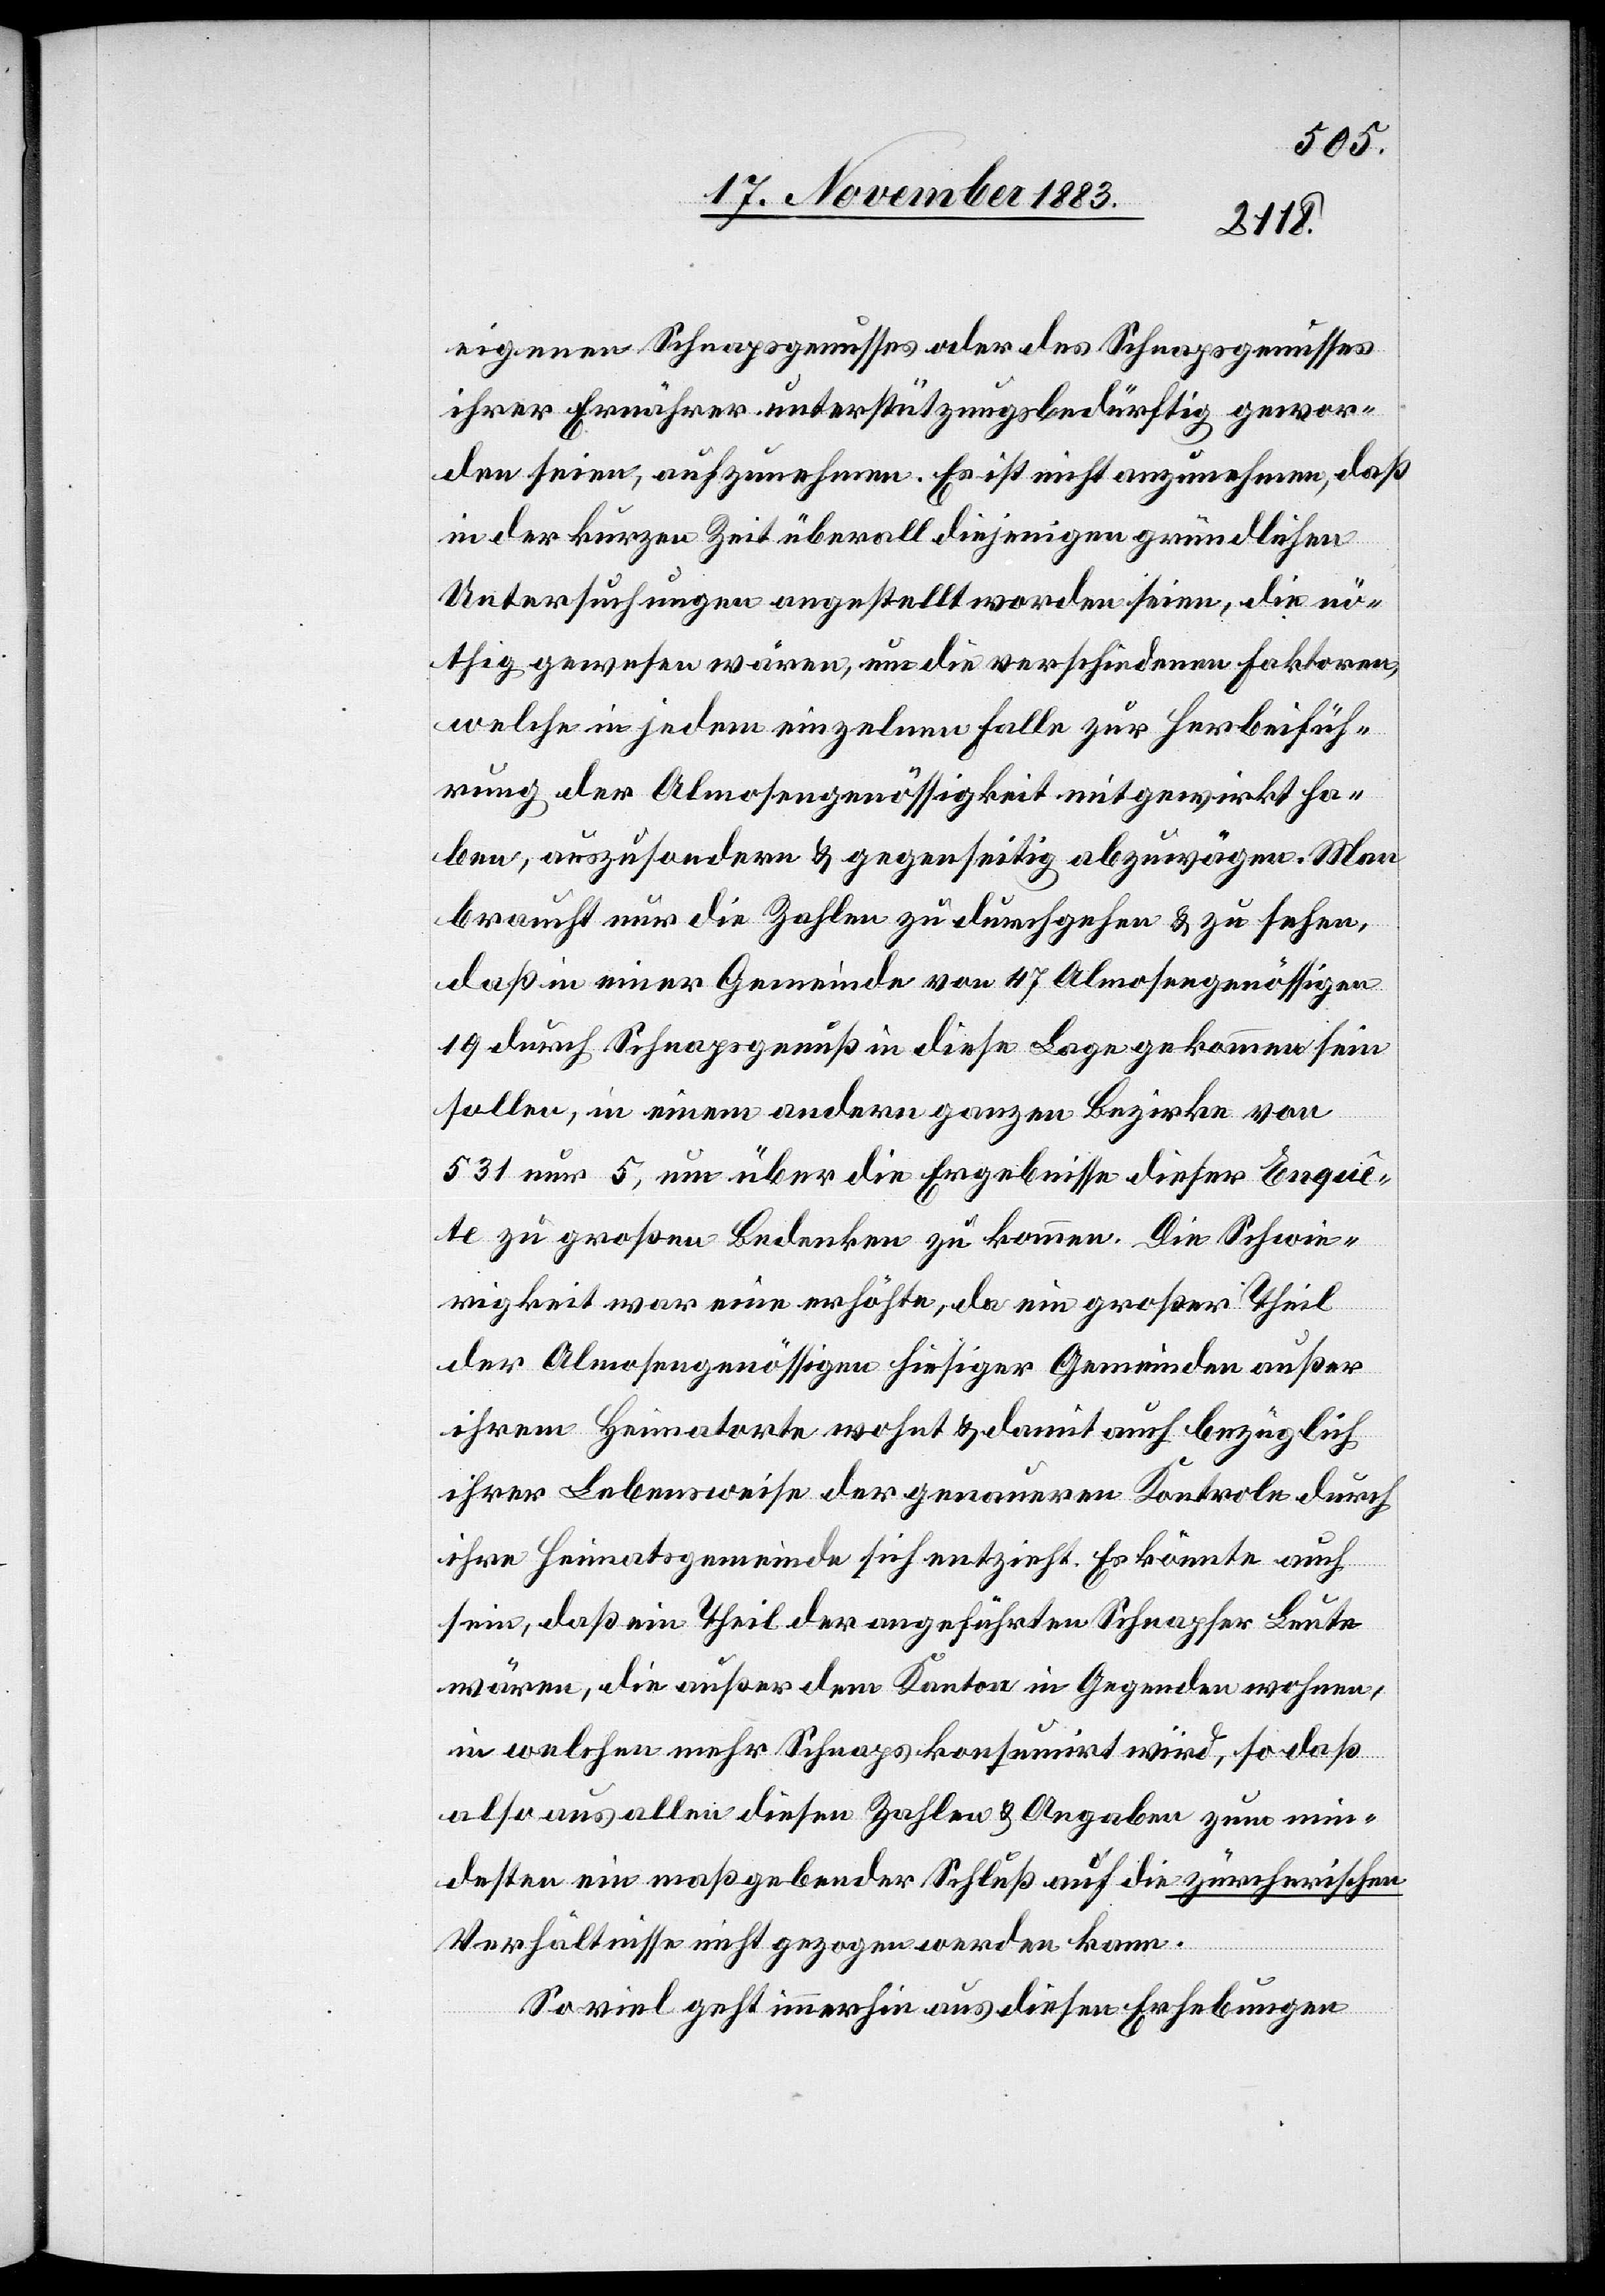
eigenen Schnapsgenusses oder des Schnapsgenusses
ihrer Ernährer unterstützungsbedürftig gewor¬
den seien, aufzunehmen. Es ist nicht anzunehmen, daß
in der kurzen Zeit überall diejenigen gründlichen
Untersuchungen angestellt worden seien, die nö¬
thig gewesen wären, um die verschiedenen Faktoren,
welche in jedem einzelnen Falle zur Herbeifüh¬
rung der Almosengenössigkeit mitgewirkt ha¬
ben, auszusondern & gegenseitig abzuwägen. Man
braucht nur die Zahlen zu durchgehen & zu sehen,
daß in einer Gemeinde von 47 Almosengenössigen
19 durch Schnapsgenuß in diese Lage gekommen sein
sollen, in einem andern ganzen Bezirke von
531 nur 5, um über die Ergebnisse dieser Enquê¬
te zu großen Bedenken zu kommen. Die Schwie¬
rigkeit war eine erhöhte, da ein großer Theil
der Almosengenössigen hiesiger Gemeinden außer
ihrem Heimatorte wohnt & damit auch bezüglich
ihrer Lebensweise der genaueren Kontrole durch
ihre Heimatgemeinde sich entzieht. Es könnte auch
sein, daß ein Theil der angeführten Schnapser Leute
wären, die außer dem Kanton in Gegenden wohnen,
in welchen mehr Schnaps konsumirt wird, so daß
also aus alle diesen Zahlen & Angaben zum min¬
desten ein maßgebender Schluß auf die zürcherischen
Verhältnisse nicht gezogen werden kann.
So viel geht immerhin aus diesen Erhebungen